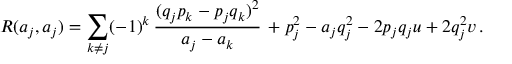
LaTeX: R ( a _ { j } , a _ { j } ) = \sum _ { k \neq j } ( - 1 ) ^ { k } \, { \frac { ( q _ { j } p _ { k } - p _ { j } q _ { k } ) ^ { 2 } } { a _ { j } - a _ { k } } } \, + p _ { j } ^ { 2 } - a _ { j } q _ { j } ^ { 2 } - 2 p _ { j } q _ { j } u + 2 q _ { j } ^ { 2 } v \, .